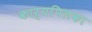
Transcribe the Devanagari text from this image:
कार्यपिलका